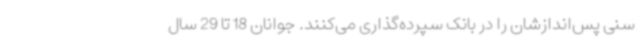
سنی پس‌اندازشان را در بانک سپرده‌گذاری می‌کنند. جوانان 18 تا 29 سال